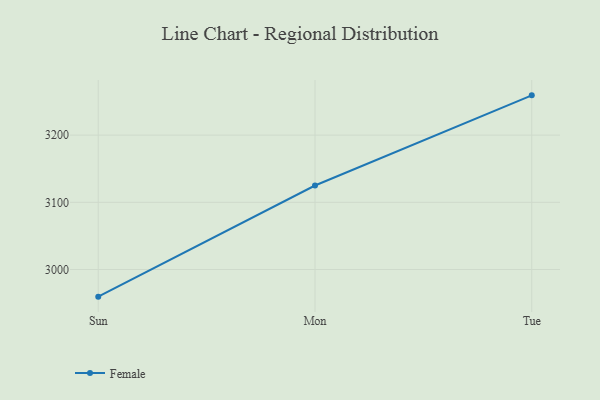
{"axis": {"x": "Day", "y": "Active Users"}, "legend": ["Female"], "data": [{"x": "Sun", "y": 2959.6, "type": "Female"}, {"x": "Mon", "y": 3125.0, "type": "Female"}, {"x": "Tue", "y": 3259.2, "type": "Female"}]}